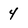
Character: 4